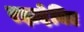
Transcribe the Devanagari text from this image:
रझदेनिए